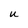
Character: u